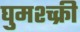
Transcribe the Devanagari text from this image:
घुमश्च्क्री